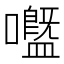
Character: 𡄊